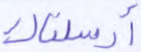
أرسلناك